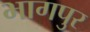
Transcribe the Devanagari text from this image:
भागपुर